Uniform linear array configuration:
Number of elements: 4
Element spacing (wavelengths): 0.25
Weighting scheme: hamming
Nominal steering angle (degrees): -15
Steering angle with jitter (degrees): -16.687
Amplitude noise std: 0.05
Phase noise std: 0.05

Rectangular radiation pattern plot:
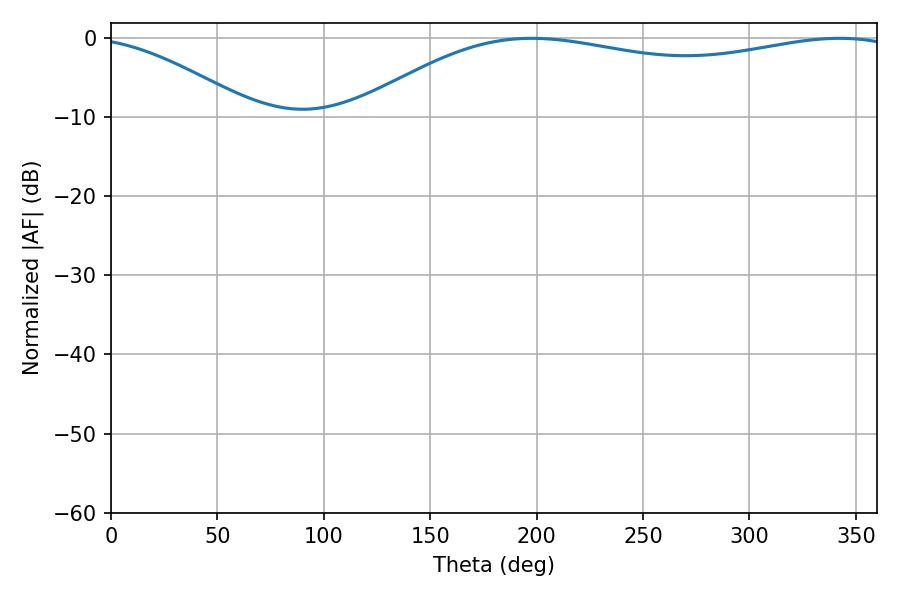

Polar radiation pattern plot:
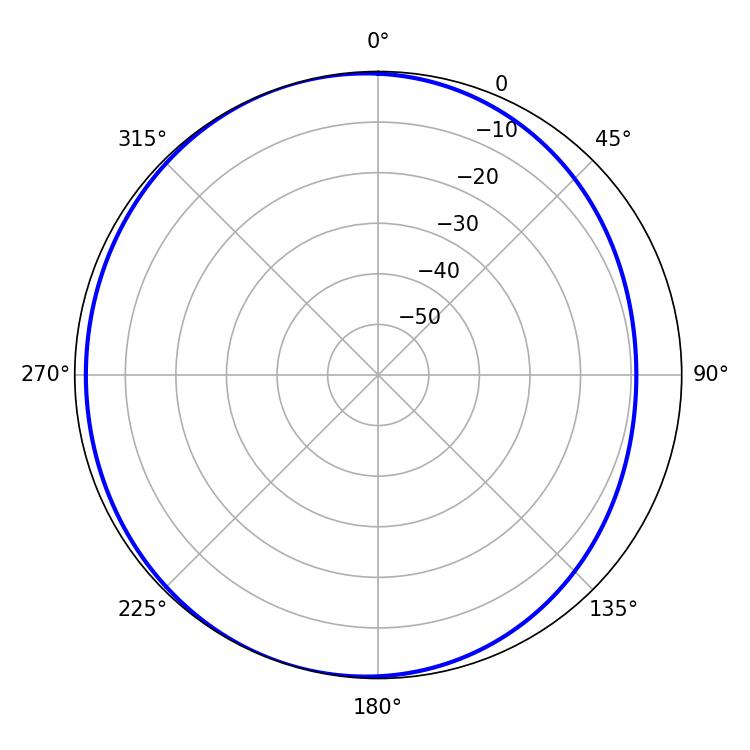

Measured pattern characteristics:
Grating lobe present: FALSE
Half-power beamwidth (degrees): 208.8
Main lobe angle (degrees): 197.64